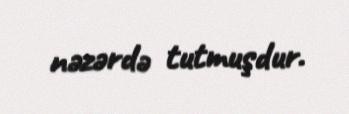
nəzərdə tutmuşdur.